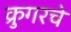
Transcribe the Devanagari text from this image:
क्रुगरचे